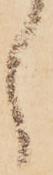
し